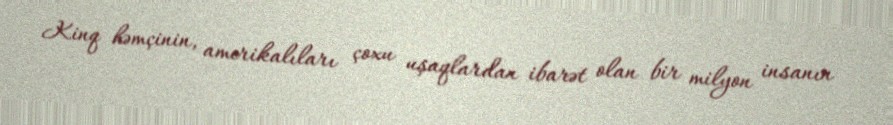
Kinq həmçinin, amerikalıları çoxu uşaqlardan ibarət olan bir milyon insanın